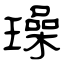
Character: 璪